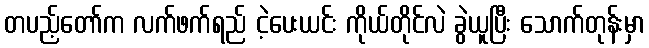
တပည့်တော်က လက်ဖက်ရည် ငဲ့ပေးယင်း ကိုယ်တိုင်လဲ ခွဲယူပြီး သောက်တုန်းမှာ